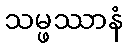
သမ္ဖဿာနံ